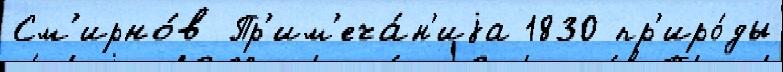
См'ирно́в Пр'им'еча́н'иjа 1830 пр'иро́ды